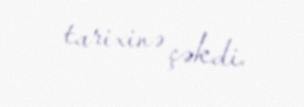
tarixinə çəkdi.